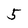
Character: 5